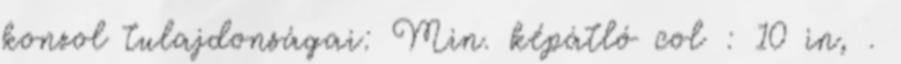
konzol tulajdonságai: Min. képátló col : 10 in, .